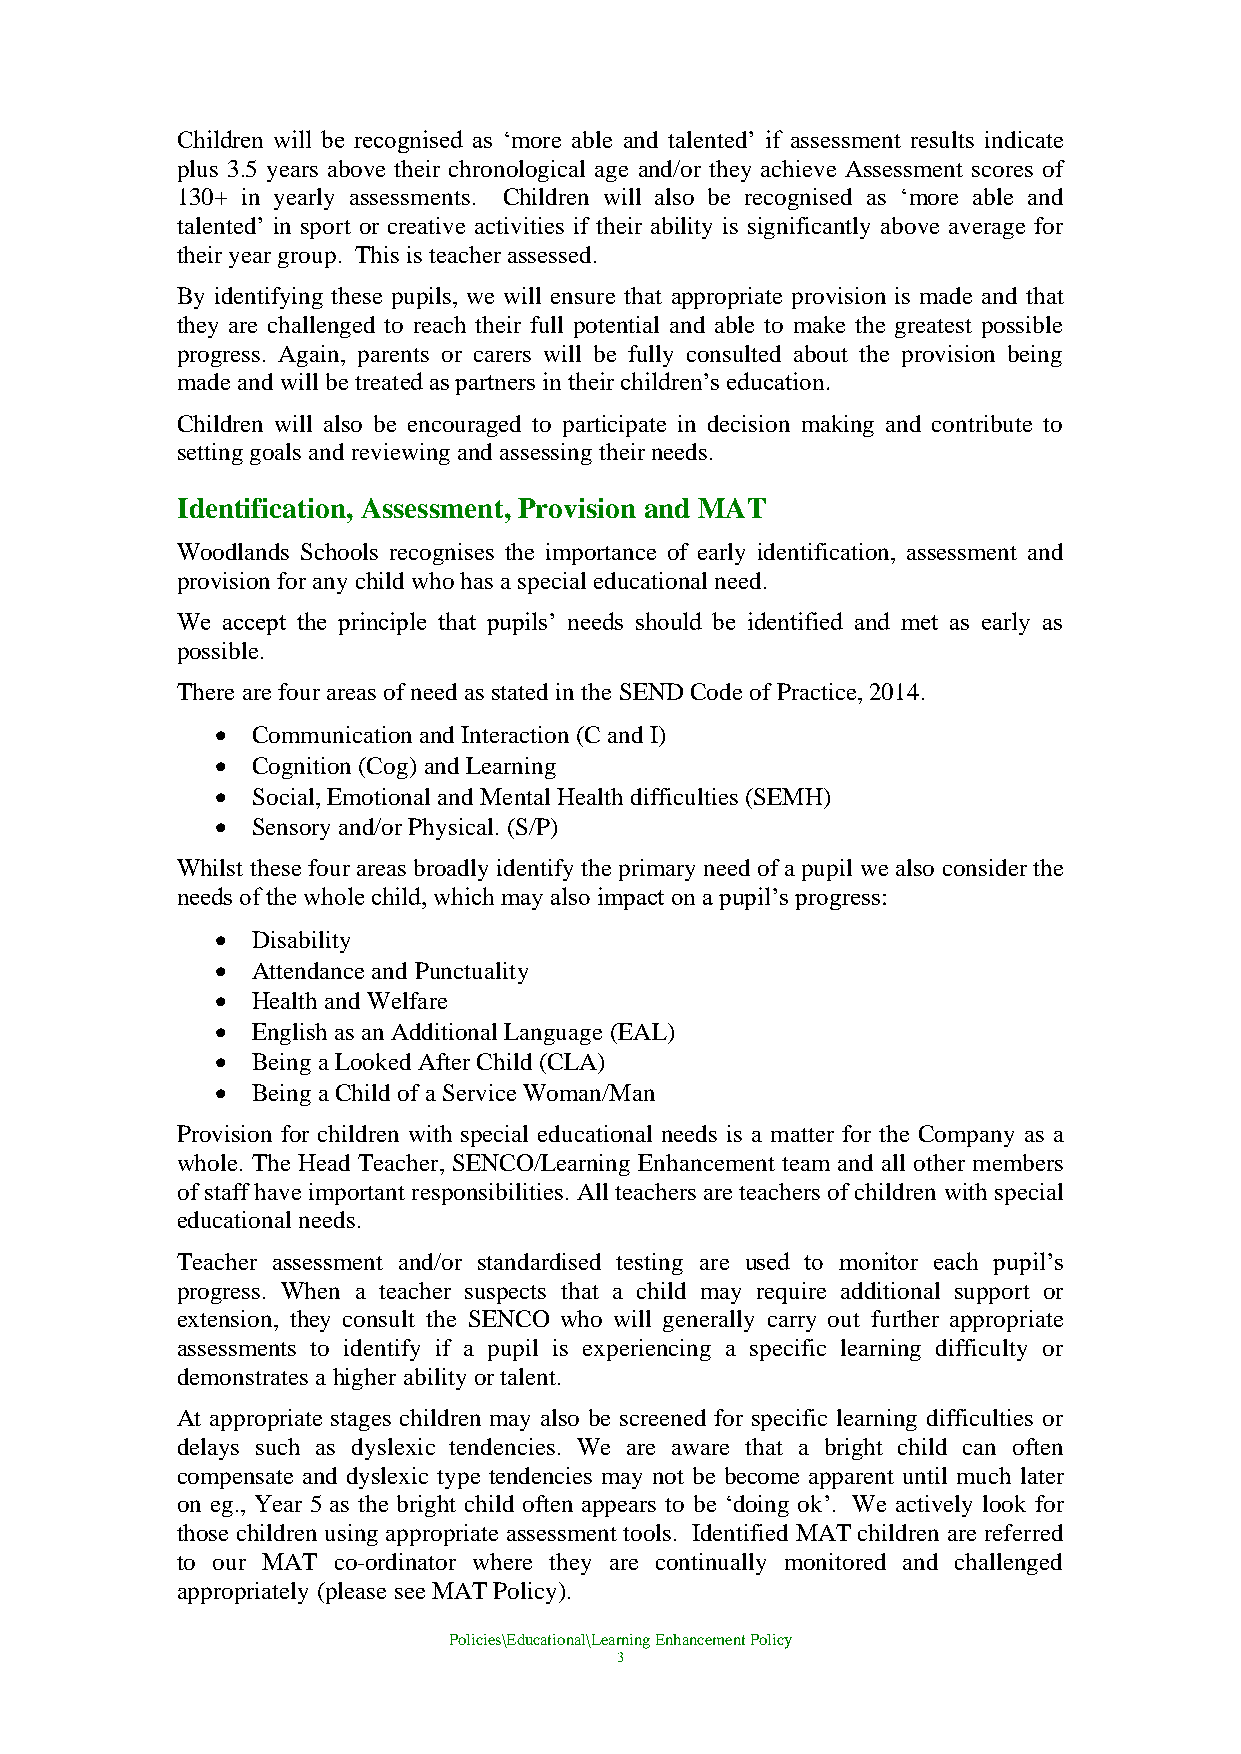
Children will be recognised as ‘more able and talented’ if assessment results indicate
 plus 3.5 years above their chronological age and/or they achieve Assessment scores of
 130+ in yearly assessments. Children will also be recognised as ‘more able and
 talented’ in sport or creative activities if their ability is significantly above average for
 their year group. This is teacher assessed.
 By identifying these pupils, we will ensure that appropriate provision is made and that
 they are challenged to reach their full potential and able to make the greatest possible
 progress. Again, parents or carers will be fully consulted about the provision being
 made and will be treated as partners in their children’s education.
 Children will also be encouraged to participate in decision making and contribute to
 setting goals and reviewing and assessing their needs.
 Identification, Assessment, Provision and MAT
 Woodlands Schools recognises the importance of early identification, assessment and
 provision for any child who has a special educational need.
 We accept the principle that pupils’ needs should be identified and met as early as
 possible.
 There are four areas of need as stated in the SEND Code of Practice, 2014.
 •  Communication and Interaction (C and I)
 •  Cognition (Cog) and Learning
 •  Social, Emotional and Mental Health difficulties (SEMH)
 •  Sensory and/or Physical. (S/P)
 Whilst these four areas broadly identify the primary need of a pupil we also consider the
 needs of the whole child, which may also impact on a pupil’s progress:
 •  Disability
 •  Attendance and Punctuality
 •  Health and Welfare
 •  English as an Additional Language (EAL)
 •  Being a Looked After Child (CLA)
 •  Being a Child of a Service Woman/Man
 Provision for children with special educational needs is a matter for the Company as a
 whole. The Head Teacher, SENCO/Learning Enhancement team and all other members
 of staff have important responsibilities. All teachers are teachers of children with special
 educational needs.
 Teacher assessment and/or standardised testing are used to monitor each pupil’s
 progress. When a teacher suspects that a child may require additional support or
 extension, they consult the SENCO who will generally carry out further appropriate
 assessments to identify if a pupil is experiencing a specific learning difficulty or
 demonstrates a higher ability or talent.
 At appropriate stages children may also be screened for specific learning difficulties or
 delays such as dyslexic tendencies. We are aware that a bright child can often
 compensate and dyslexic type tendencies may not be become apparent until much later
 on eg., Year 5 as the bright child often appears to be ‘doing ok’. We actively look for
 those children using appropriate assessment tools. Identified MAT children are referred
 to our MAT co-ordinator where they are continually monitored and challenged
 appropriately (please see MAT Policy).
 Policies\Educational\Learning Enhancement Policy
 3